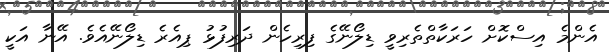
އެންމެ އިސްކޮށް ހަރަކާތްތެރިވީ ޑިލޯނޭގެ ފިރިހެން ދަރިފުޅު ޕިއެރެ ޑިލޯނޭއެވެ. އޭނާ އަކީ